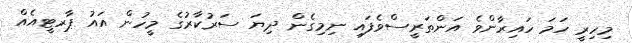
މިހިރީ ހަމަ ހައިރާންވެ އަންތަރީސްވެފައި ނިމިގެން ދިޔަ ސަރުކާރުގެ މީހުން އައު ޕާރޓީއެއް